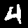
Label: 4